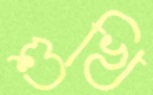
শুখি